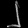
Digit: ၂